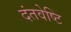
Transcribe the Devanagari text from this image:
दंतवेष्टि